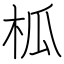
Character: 柧